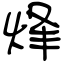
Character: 烽